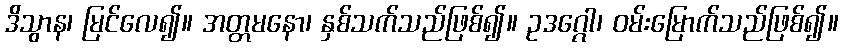
ဒိသွာန၊ မြင်လေ၍။ အတ္တမနော၊ နှစ်သက်သည်ဖြစ်၍။ ဥဒဂ္ဂေါ၊ ဝမ်းမြောက်သည်ဖြစ်၍။